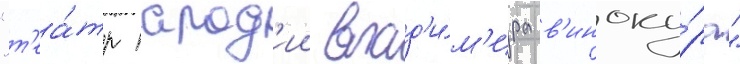
"т'еа́тр парод'ии влад'и́м'ира в'иноку́ра"